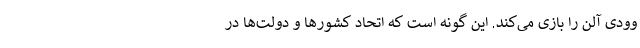
وودی آلن را بازی می‌کند. این گونه است که اتحاد کشورها و دولت‌ها در